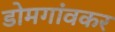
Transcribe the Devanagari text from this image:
डोमगांवकर